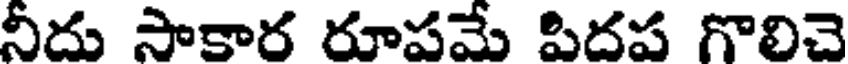
నీదు సాకార రూపమే పిదప గొలిచె